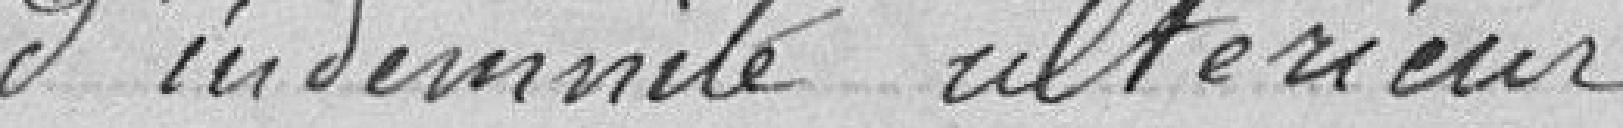
d'indemnité ultérieur.